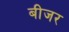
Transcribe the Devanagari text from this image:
बीजर